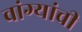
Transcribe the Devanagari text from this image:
वांग्यांची